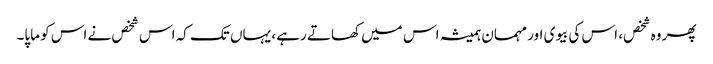
پھر وہ شخص، اس کی بیوی اور مہمان ہمیشہ اس میں کھاتے رہے ، یہاں تک کہ اس شخص نے اس کو ماپا۔